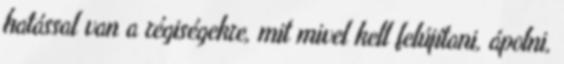
hatással van a régiségekre, mit mivel kell felújítani, ápolni,